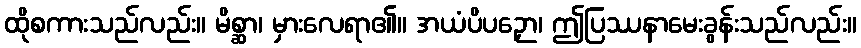
ထိုစကားသည်လည်း။ မိစ္ဆာ၊ မှားလေရာ၏။ အယံပိပဉှော၊ ဤပြဿနာမေးခွန်းသည်လည်း။